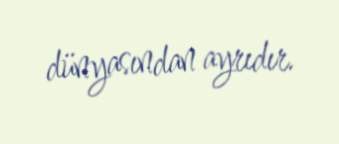
dünyasından ayrıdır.